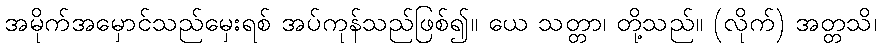
အမိုက်အမှောင်သည်မှေးရစ် အပ်ကုန်သည်ဖြစ်၍။ ယေ သတ္တာ၊ တို့သည်။ (လိုက်) အတ္တသိ၊